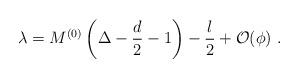
LaTeX: \begin{align*} \lambda = M^{(0)} \left( \Delta-\frac{d}2 -1 \right) - \frac{l}2 +\mathcal{O}(\phi)~.\end{align*}